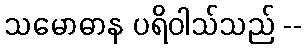
သမောဓာန ပရိဝါသ်သည် --